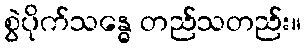
စွဲပိုက်သန္ဓေ တည်သတည်း။